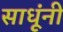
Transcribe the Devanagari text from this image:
साधूंनीं